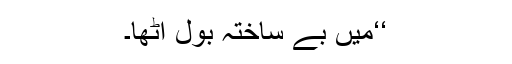
‘‘میں بے ساختہ بول اٹھا۔